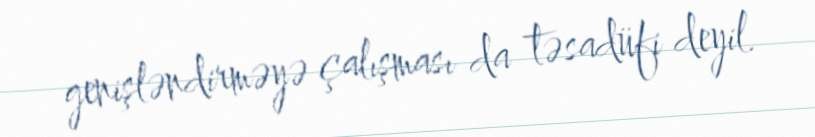
genişləndirməyə çalışması da təsadüfi deyil.